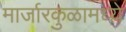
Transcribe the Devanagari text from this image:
मार्जारकुळामध्ये